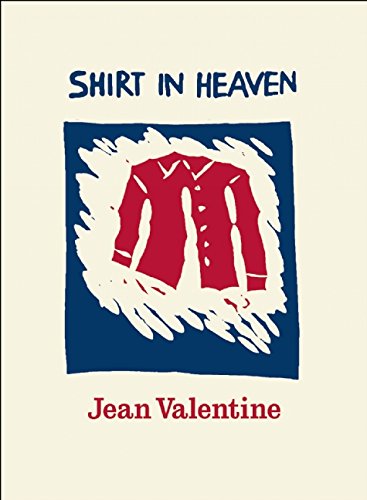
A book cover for Shirt in Heaven; Jean Valentine; Literature & Fiction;